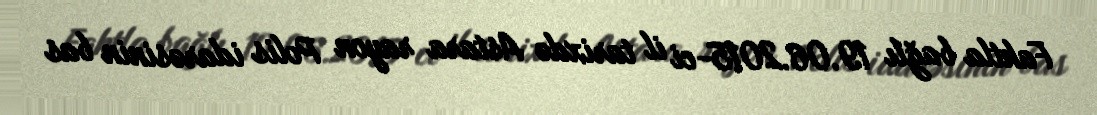
Faktla bağlı 19.06.2015-ci il tarixdə Astara rayon Polis idarəsinin bas